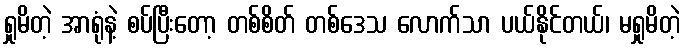
ရှုမိတဲ့ အာရုံနဲ့ စပ်ပြီးတော့ တစ်စိတ် တစ်ဒေသ လောက်သာ ပယ်နိုင်တယ်၊ မရှုမိတဲ့